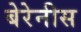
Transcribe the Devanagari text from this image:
बेरेनीस